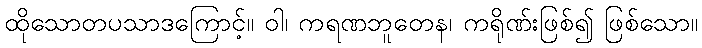
ထိုသောတပသာဒကြောင့်။ ဝါ၊ ကရဏဘူတေန၊ ကရိုဏ်းဖြစ်၍ ဖြစ်သော။